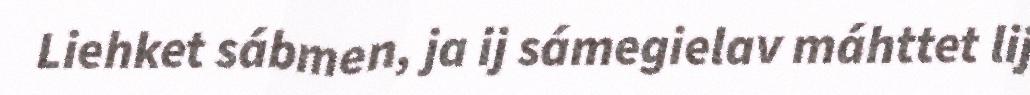
Liehket sábmen, ja ij sámegielav máhttet lij